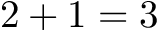
2 + 1 = 3